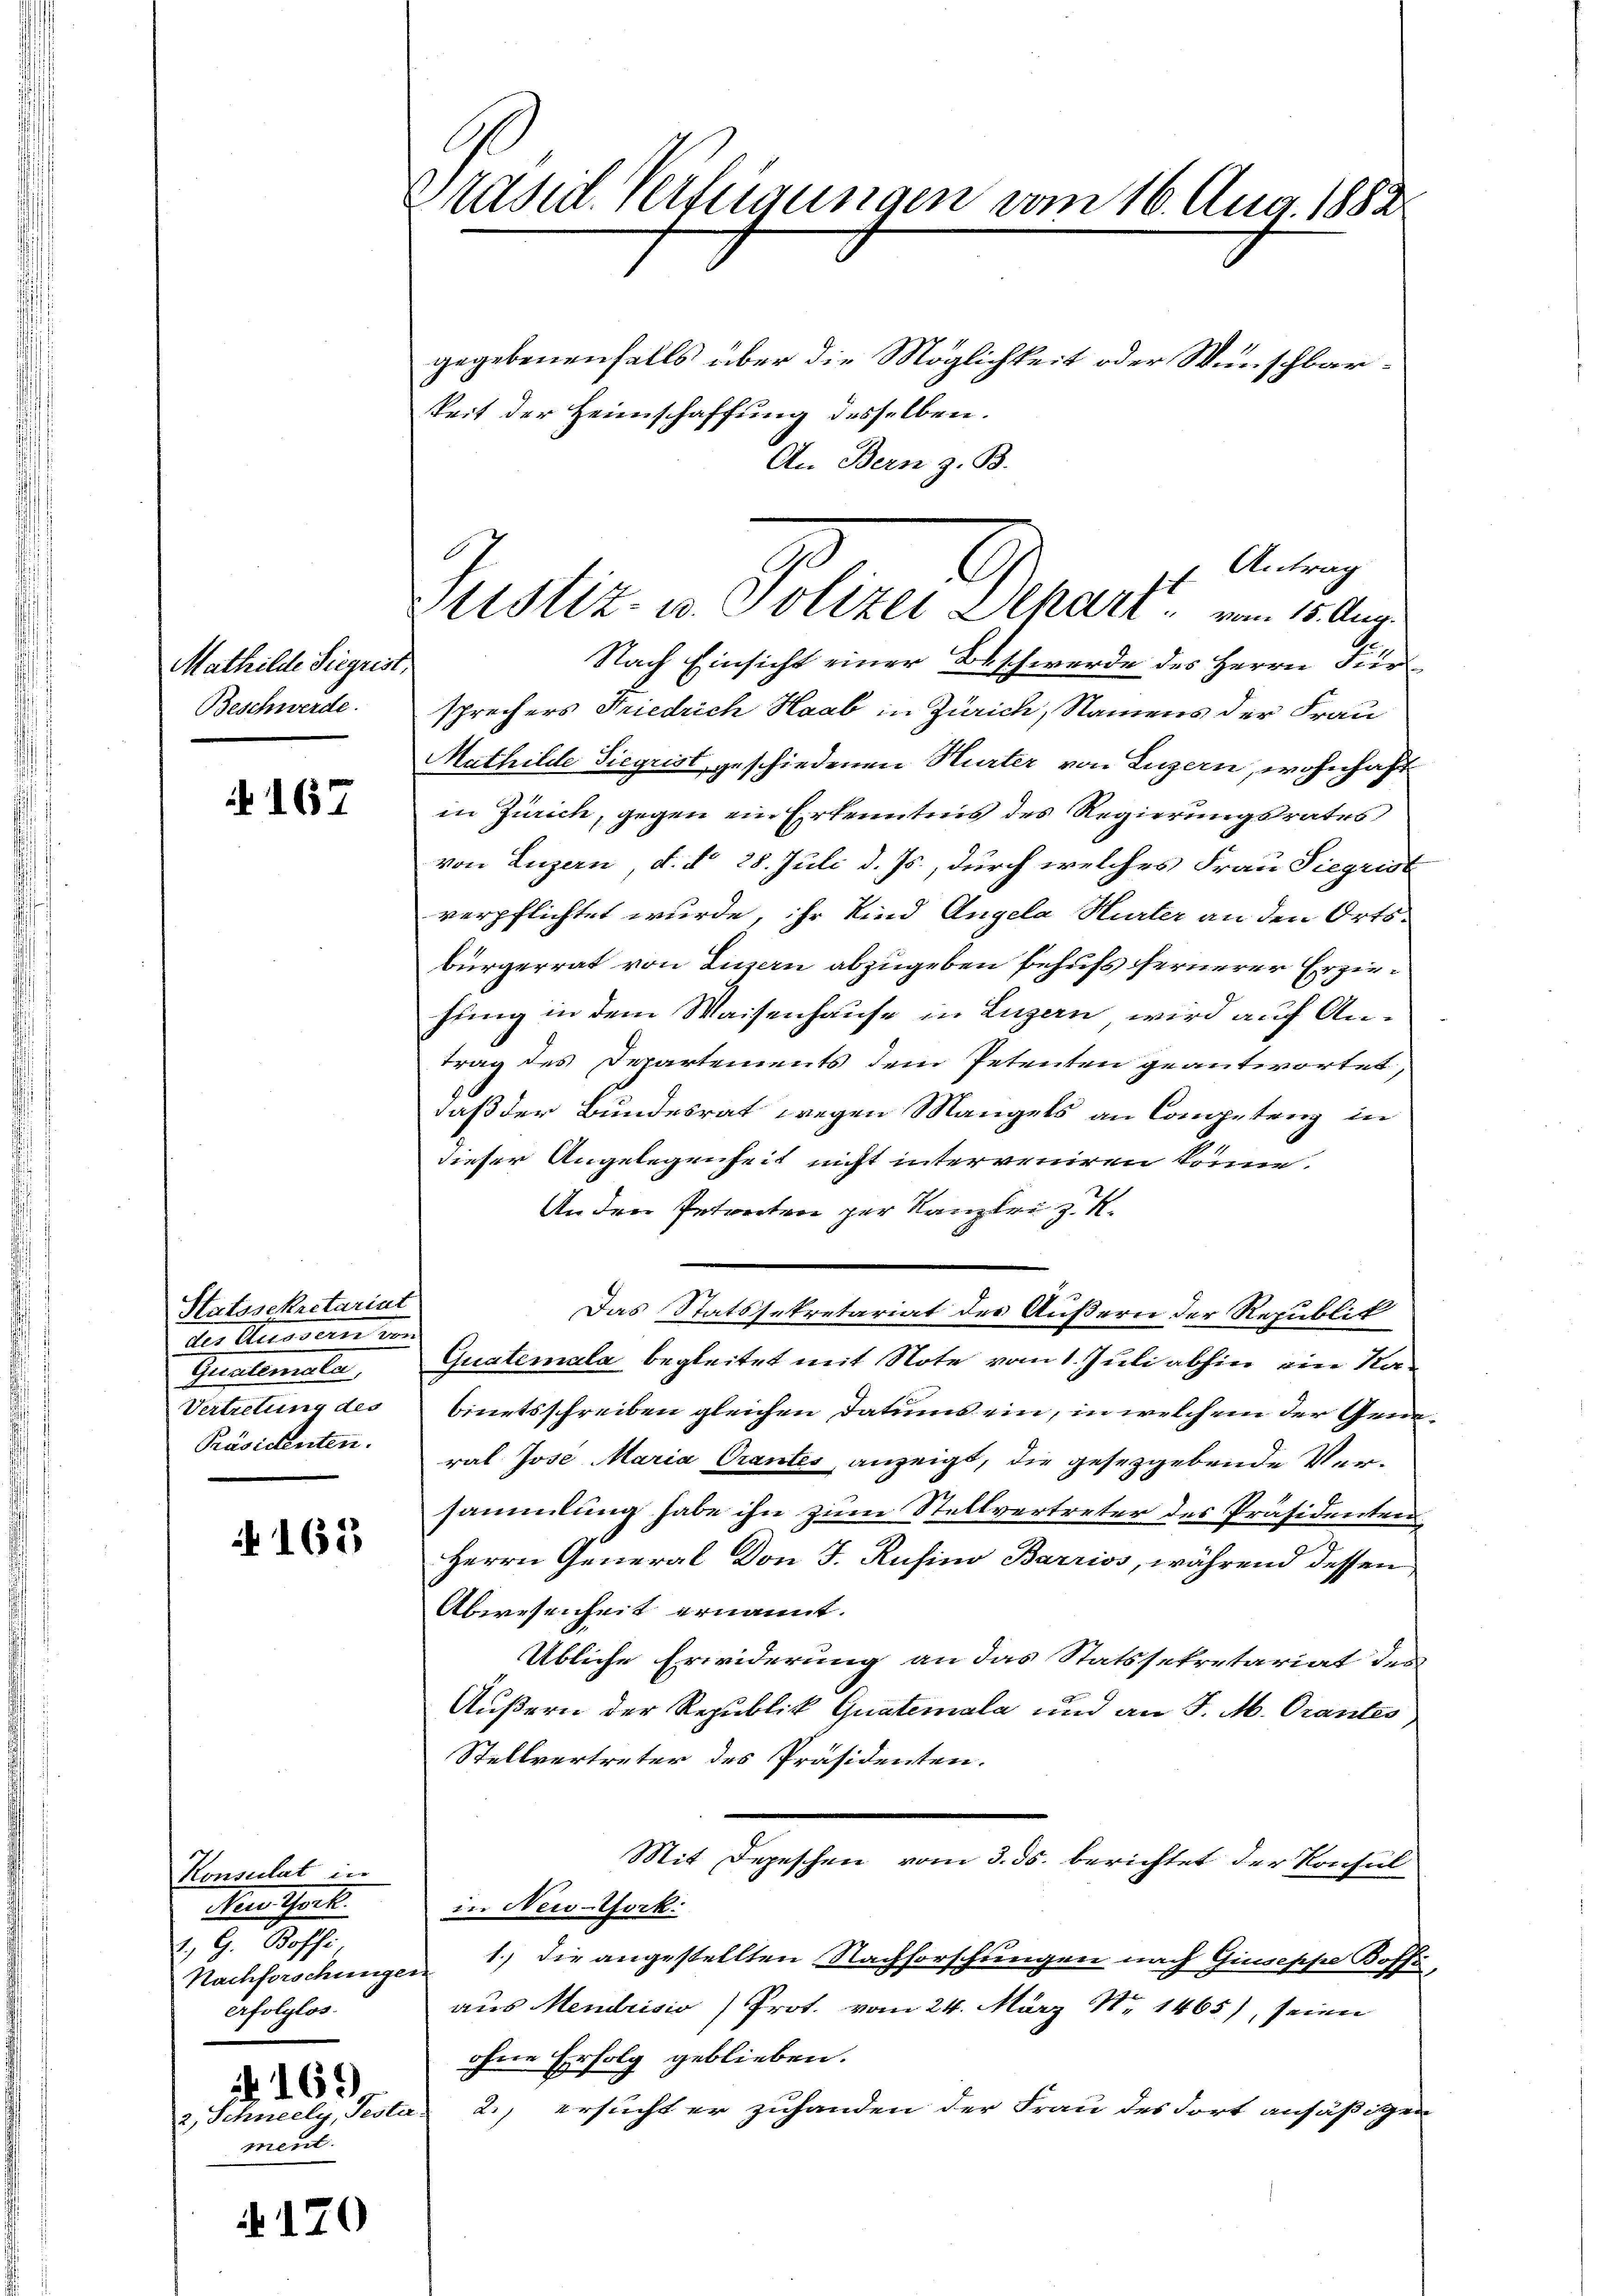
Mathilde Siegrist,
Beschwerde.

i 167

Statssekretariat
der Aussern und
Gualemata
Vertretung des
Präsidenten.

N 163

Konsulat in
Reothek
Z. G. Bossi
Nachforschungen
erfolglos.
 169)
2, Schneely, Fester
ment.

4170

Präsid. Verfügungen vom 16. Aug. 1882

Antrag
C
sich
Sistiz- u. Polizei Dekari vom 15. Aug.

gegebenenfalls über die Möglichkeit oder Wünschbarkeit der Heimschaffung desselben.
An Bern z. B.
Nach Einsicht einer Beschwerde des Herrn Fürsprechers Friedrich Haab in Zürich, Namens der Frau
Mathilde Siegrist, geschiedenen Hurter von Luzern, wohnhaft
in Zürich, gegen ein Erkenntnis des Regierungsrates
von Luzern, d. do 28. Juli d. Js., durch welches Frau Siegrist
verpflichtet wurde, ihr Kind Angela Hurter an den Ortsbürgerrat von Linen abzugeben behufs fernerer Erziefung in dem Waisenhause in Luzern wird auf Antrag des Departements dem Petenten geantwortet,
daß der Bundesrat wegen Mangels an Competenz in
dieser Angelegenheit nicht interveniren könne.
An der Petreten zur Kanzlei zu
Das Statssekretariat des Äußern der Republik
Quatemala begleitet mit Note vom 1. Juli abhin ein Kabinetsschreiben gleichen Datums ein, in welchem der Gen
ral Jose Maria Prantes anzeigt, die gesetzgebende Versammlung habe ihn zum Stellvertreter des Präsidenten
Herrn General Don J. Rusina Barriss, während dessen
Abwesenheit ernannt.
Übliche Erwiderung an das Statssekretariat des
Äußern der Republik Quatemala und an J. M. Grantes
Stellvertreter des Präsidenten.
Mit Depeschen vom 3. ds. berichtet der Konsul
in New-York
1.) Die angestellten Nachforschungen nach Giuseppe Koffe
f
aus Mendrisio) Prot. vom 24. März Nr. 1465), seien
ohne Erfolg geblieben.
2., ersucht er zuhanden der Frau des Fort ansäßigen